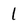
Character: 1